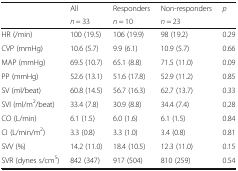
<table><thead><tr><td rowspan="2"></td><td><b>All</b></td><td><b>Responders</b></td><td><b>Non-responders</b></td><td rowspan="2"><b><i>p</i></b></td></tr><tr><td><b><i>n</i> = 33</b></td><td><b><i>n</i> = 10</b></td><td><b><i>n</i> = 23</b></td></tr></thead><tbody><tr><td>HR (/min)</td><td>100 (19.5)</td><td>106 (19.9)</td><td>98 (19.2)</td><td>0.29</td></tr><tr><td>CVP (mmHg)</td><td>10.6 (5.7)</td><td>9.9 (6.1)</td><td>10.9 (5.7)</td><td>0.66</td></tr><tr><td>MAP (mmHg)</td><td>69.5 (10.7)</td><td>65.1 (8.8)</td><td>71.5 (11.0)</td><td>0.09</td></tr><tr><td>PP (mmHg)</td><td>52.6 (13.1)</td><td>51.6 (17.8)</td><td>52.9 (11.2)</td><td>0.85</td></tr><tr><td>SV (ml/beat)</td><td>60.8 (14.5)</td><td>56.7 (16.3)</td><td>62.7 (13.7)</td><td>0.33</td></tr><tr><td>SVI (ml/m<sup>2</sup>/beat)</td><td>33.4 (7.8)</td><td>30.9 (8.8)</td><td>34.4 (7.4)</td><td>0.28</td></tr><tr><td>CO (L/min)</td><td>6.1 (1.5)</td><td>6.0 (1.6)</td><td>6.1 (1.5)</td><td>0.84</td></tr><tr><td>CI (L/min/m<sup>2</sup>)</td><td>3.3 (0.8)</td><td>3.3 (1.0)</td><td>3.4 (0.8)</td><td>0.81</td></tr><tr><td>SVV (%)</td><td>14.2 (11.0)</td><td>18.4 (10.5)</td><td>12.3 (11.0)</td><td>0.15</td></tr><tr><td>SVR (dynes s/cm<sup>5</sup>)</td><td>842 (347)</td><td>917 (504)</td><td>810 (259)</td><td>0.54</td></tr></tbody></table>